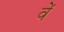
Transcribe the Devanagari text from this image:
वेँ